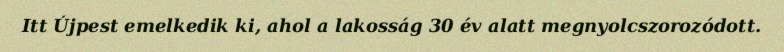
Itt Újpest emelkedik ki, ahol a lakosság 30 év alatt megnyolcszorozódott.